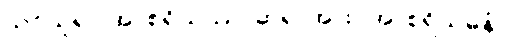
သင်ယူ၍။ အာစရိယဿ၊ ဆရာအား။ အာစရိယဓနံ၊